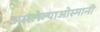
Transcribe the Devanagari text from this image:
असलेल्याओस्मानी